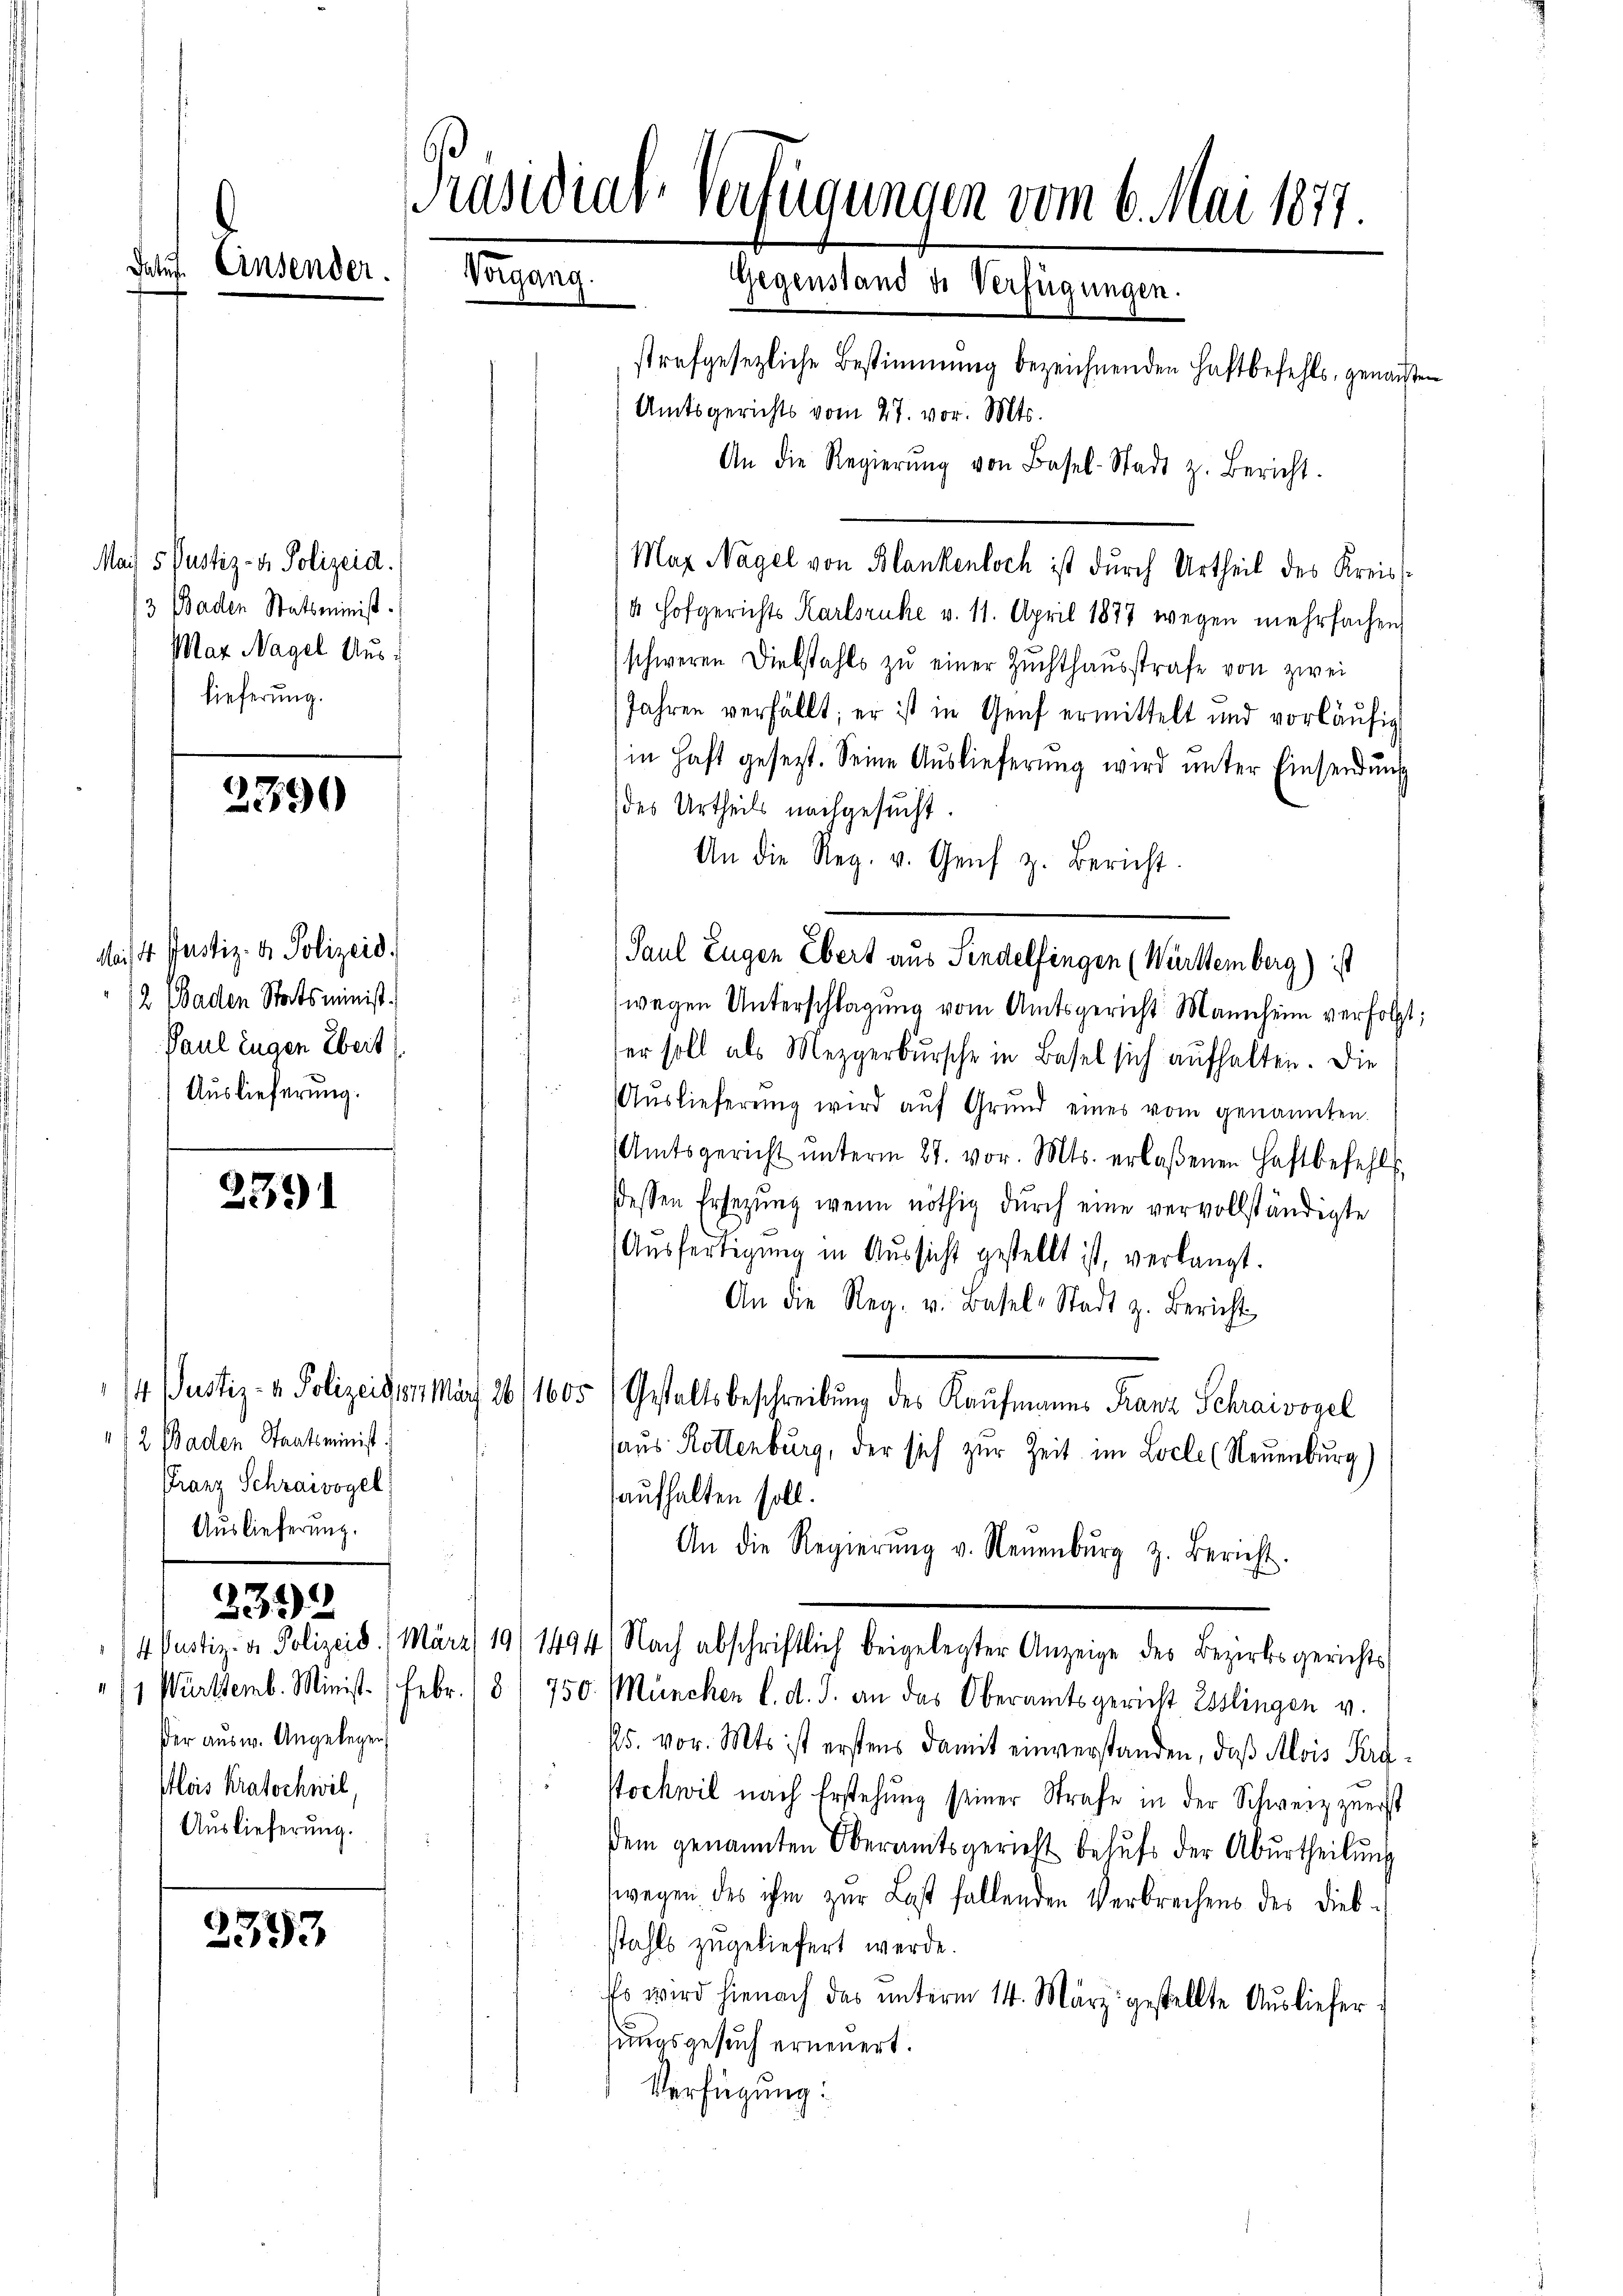
dauf Einsender.

Mais 5. Justiz- & Polizeid.
3 Baden Statsminist.
Mar Nagel Auslieferung.

2390

de 4. Justiz- & Polizeid
12 (Baden Statsminist.
Paul zugen Zeit
Auslieferung.

2391

14 Justiz- & Polizeiden 11.
/2 Baden Staatsminist.
Franz Schraivogel
Auslieferung.

ßer ausw. Angelegen
Klois Kratochwil
Auslieferung.

2342

2593

Präsidial-Verfügungen vom 6. Mai 1877
Pergang
Gegenstand de Verfügungen.
strafgesezliche Bestimmung bezeichnenden Haftbefehls, genansten
Amtsgerichts vom 27. vor. Mts.
An die Regierŭng von Basel-Stadt z. Bericht.

Maz Nagel von Blankenloch ist durch Urtheil des Kreis¬
4 Hofgerichts Karlsruhe v. 11. April 1877 wegen mehrfachen
schweren Diebstahls zŭ einer Zŭchthaŭsstrafe von zwei
Jahren verfällt; er ist in Genf ermittelt und vorläŭfig
in Haft gesezt. Seine Auslieferung wird unter Einsendung
des Urtheils nachgesucht
An die Reg. v. Genf z. Bericht.
(wegen Unterschlagung vom Amtsgericht Mannheim verfolgt;
er soll als Mezgerbursche in Basel sich aufhalten. Die
 Aŭslieferung wird aŭf Grŭnd eines vom genannten
Amtsgericht ŭnterm 27. vor. Mts. erlaßenen Haftbefehl
dessen Ersetzŭng wenn nöthig durch eine vervollständigte
Ausfertigung in Aussicht gestellt ist, verlangt.
An die Reg. v. Basel-Stadt z. Bericht
af 26/1605) Gestaltsbeschreibung des Kaufmanns Franz Schraivogel
haus Rottenburg, der sich zur Zeit im Locle (Neuenburg)
aufhalten soll.
An die Regierŭng v. Neŭenbŭrg z. Bericht.
4 Pustiz- & Polizeid. März 191 1494) Nach abschriftlich beigelegter Anzeige des Bezirksgerichts
/1 Württemb. Minist. Febr. / 3/ 750. München d. d. J. an das Oberamtsgericht Esslingen v.
25. vor. Mts ist erstens damit einverstanden, daß Alois Kre¬
"Hochwil nach Erstehung seiner Strafe in der Schweiz zuerst
Dem genannten Oberamtsgericht behŭfs der Aburtheilŭng
wegen des ihm zur Last fallenden Verbrechens des Diebstahls zugeliefert werde.
Es wird hienach das unterm 14. März gestellte Ausliefersungsgesuch erneuert.
Verfügung:

Paul Eugen Ebert aus Sindelfingen (Württemberg) ist